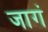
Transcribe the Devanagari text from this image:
जागं